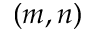
( m , n )